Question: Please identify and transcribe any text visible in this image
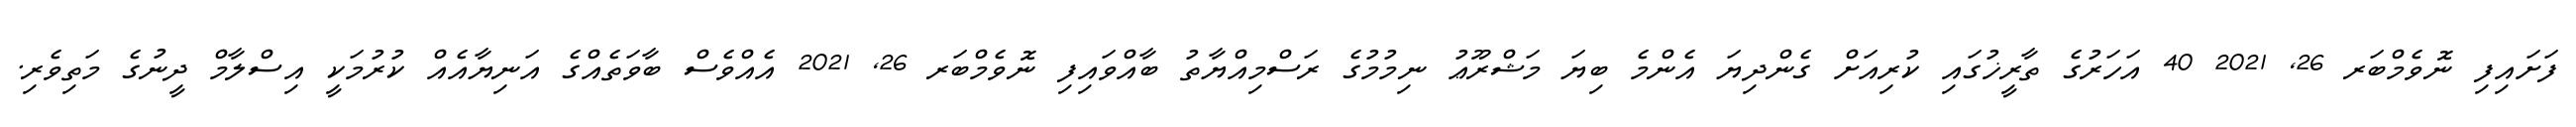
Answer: ފަށައިފި ނޮވެމްބަރ 26, 2021 40 އަހަރުގެ ތާރީޚުގައި ކުރިއަށް ގެންދިޔަ އެންމެ ބިޔަ މަޝްރޫޢު ނިމުމުގެ ރަސްމިއްޔާތު ބާއްވައިފި ނޮވެމްބަރ 26, 2021 އެއްވެސް ބާވަތެއްގެ އަނިޔާއެއް ކުރުމަކީ އިސްލާމް ދީނުގެ މަތިވެރި.